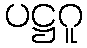
ပဋ္ဌဂူ